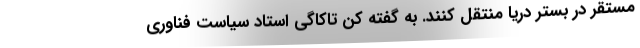
مستقر در بستر دریا منتقل کنند. به گفته کن تاکاگی استاد سیاست فناوری